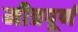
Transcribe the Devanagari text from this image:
मीत्रपूर्ण